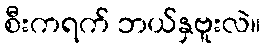
စီးကရက် ဘယ်နှဗူးလဲ။